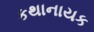
કથાનાયક